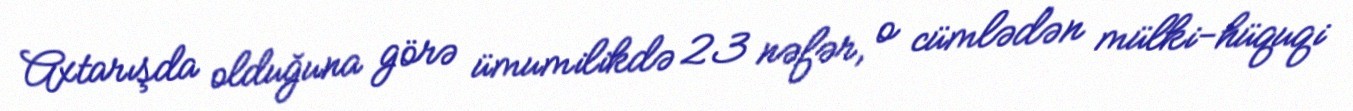
Axtarışda olduğuna görə ümumilikdə 23 nəfər, o cümlədən mülki-hüquqi